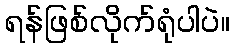
ရန်ဖြစ်လိုက်ရုံပါပဲ။